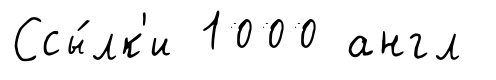
Ссы́лк'и 1000 англ